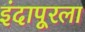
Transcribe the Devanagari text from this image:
इंदापूरला